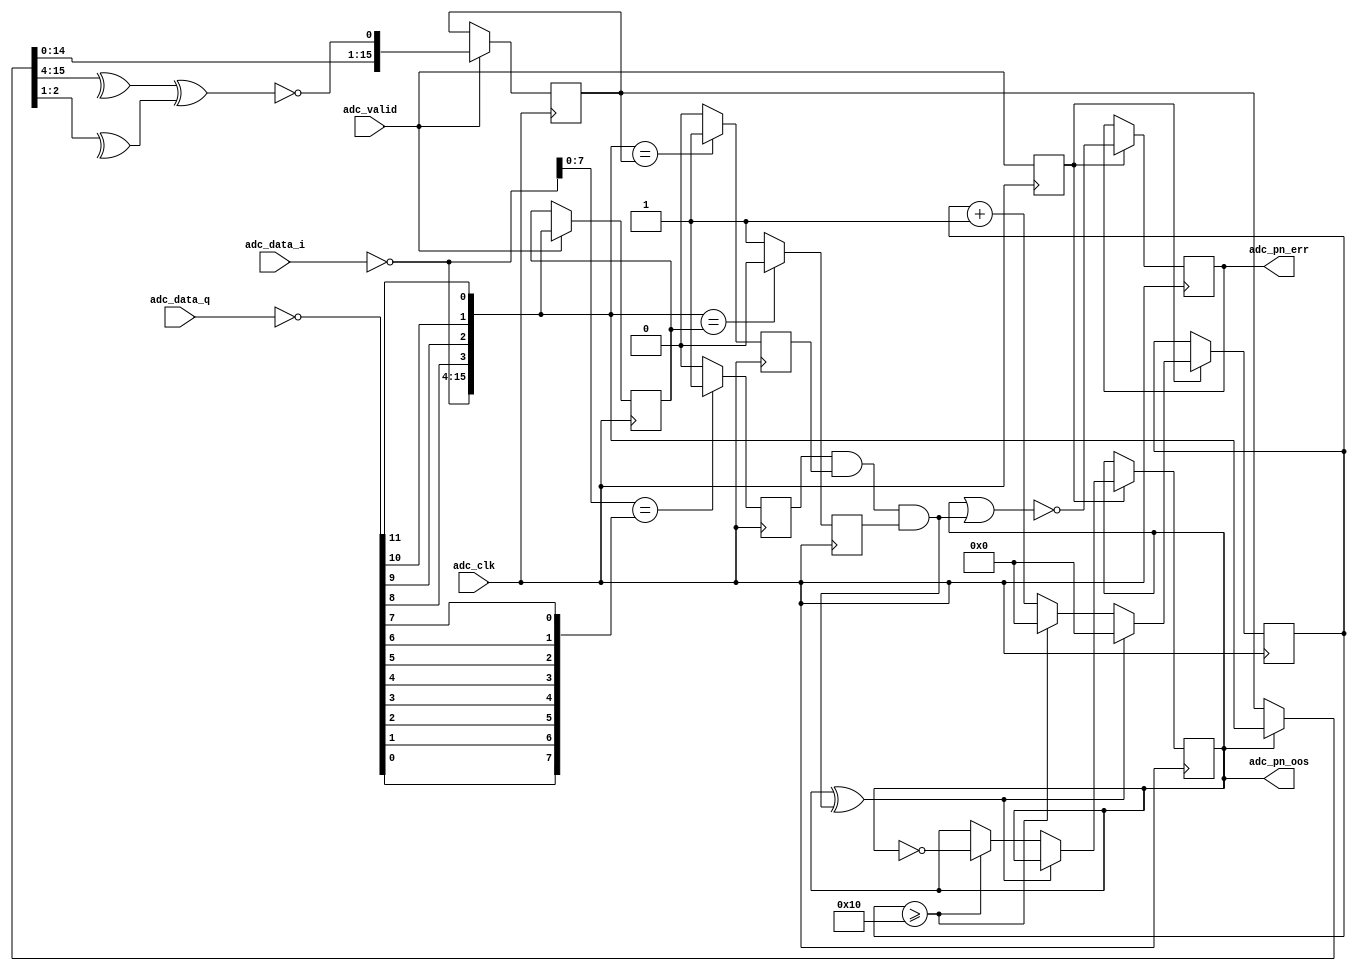
module axi_ad9361_rx_pnmon (

  // adc interface

  adc_clk,
  adc_valid,
  adc_data_i,
  adc_data_q,

  // pn out of sync and error

  adc_pn_oos,
  adc_pn_err);

  // adc interface

  input           adc_clk;
  input           adc_valid;
  input   [11:0]  adc_data_i;
  input   [11:0]  adc_data_q;

  // pn out of sync and error

  output          adc_pn_oos;
  output          adc_pn_err;

  // internal registers

  reg     [15:0]  adc_data = 'd0;
  reg     [15:0]  adc_pn_data = 'd0;
  reg             adc_valid_d = 'd0;
  reg             adc_iq_match = 'd0;
  reg             adc_pn_match_d = 'd0;
  reg             adc_pn_match_z = 'd0;
  reg             adc_pn_err = 'd0;
  reg     [ 6:0]  adc_pn_oos_count = 'd0;
  reg             adc_pn_oos = 'd0;

  // internal signals

  wire    [11:0]  adc_data_i_s;
  wire    [11:0]  adc_data_q_s;
  wire    [11:0]  adc_data_q_rev_s;
  wire    [15:0]  adc_data_s;
  wire            adc_iq_match_s;
  wire    [15:0]  adc_pn_data_s;
  wire            adc_pn_match_d_s;
  wire            adc_pn_match_z_s;
  wire            adc_pn_match_s;
  wire            adc_pn_update_s;
  wire            adc_pn_err_s;

  // prbs function

  function [15:0] pnfn;
    input [15:0] din;
    reg   [15:0] dout;
    begin
      dout = {din[14:0], ~((^din[15:4]) ^ (^din[2:1]))};
      pnfn = dout;
    end
  endfunction

  // bit reversal function

  function [11:0] brfn;
    input [11:0] din;
    reg   [11:0] dout;
    begin
      dout[11] = din[ 0];
      dout[10] = din[ 1];
      dout[ 9] = din[ 2];
      dout[ 8] = din[ 3];
      dout[ 7] = din[ 4];
      dout[ 6] = din[ 5];
      dout[ 5] = din[ 6];
      dout[ 4] = din[ 7];
      dout[ 3] = din[ 8];
      dout[ 2] = din[ 9];
      dout[ 1] = din[10];
      dout[ 0] = din[11];
      brfn = dout;
    end
  endfunction

  // assuming lower nibble is lost-

  assign adc_data_i_s = ~adc_data_i;
  assign adc_data_q_s = ~adc_data_q;
  assign adc_data_q_rev_s = brfn(adc_data_q_s);
  assign adc_data_s = {adc_data_i_s, adc_data_q_rev_s[3:0]};
  assign adc_iq_match_s = (adc_data_i_s[7:0] == adc_data_q_rev_s[11:4]) ? 1'b1 : 1'b0;

  // pn sequence checking algorithm is commonly used in most applications.
  // if oos is asserted (pn is out of sync):
  //    next sequence is generated from the incoming data.
  //    if 64 sequences match consecutively, oos is cleared (de-asserted).
  // if oos is de-asserted (pn is in sync)
  //    next sequence is generated from the current sequence.
  //    if 64 sequences mismatch consecutively, oos is set (asserted).
  // if oos is de-asserted, any spurious mismatches sets the error register.
  // ideally, processor should make sure both oos == 0x0 and err == 0x0.

  assign adc_pn_data_s = (adc_pn_oos == 1'b1) ? adc_data_s : adc_pn_data;
  assign adc_pn_match_d_s = (adc_data_s == adc_pn_data) ? 1'b1 : 1'b0;
  assign adc_pn_match_z_s = (adc_data_s == adc_data) ? 1'b0 : 1'b1;
  assign adc_pn_match_s = adc_iq_match & adc_pn_match_d & adc_pn_match_z;
  assign adc_pn_update_s = ~(adc_pn_oos ^ adc_pn_match_s);
  assign adc_pn_err_s = ~(adc_pn_oos | adc_pn_match_s);

  // pn oos and counters (64 to clear and set).

  always @(posedge adc_clk) begin
    if (adc_valid == 1'b1) begin
      adc_data <= adc_data_s;
      adc_pn_data <= pnfn(adc_pn_data_s);
    end
    adc_valid_d <= adc_valid;
    adc_iq_match <= adc_iq_match_s;
    adc_pn_match_d <= adc_pn_match_d_s;
    adc_pn_match_z <= adc_pn_match_z_s;
    if (adc_valid_d == 1'b1) begin
      adc_pn_err <= adc_pn_err_s;
      if (adc_pn_update_s == 1'b1) begin
        if (adc_pn_oos_count >= 16) begin
          adc_pn_oos_count <= 'd0;
          adc_pn_oos <= ~adc_pn_oos;
        end else begin
          adc_pn_oos_count <= adc_pn_oos_count + 1'b1;
          adc_pn_oos <= adc_pn_oos;
        end
      end else begin
        adc_pn_oos_count <= 'd0;
        adc_pn_oos <= adc_pn_oos;
      end
    end
  end

endmodule